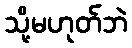
သို့မဟုတ်ဘဲ